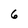
Character: 6